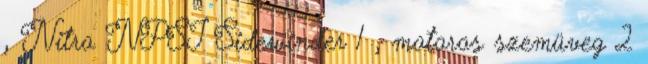
, Nitro NPSI Sidewinder 1 , motoros szemüveg 2